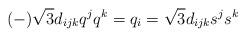
LaTeX: \begin{align*}(-)\sqrt 3 d_{ijk} q^j q^k = q_i = \sqrt 3 d_{ijk} s^j s^k\end{align*}